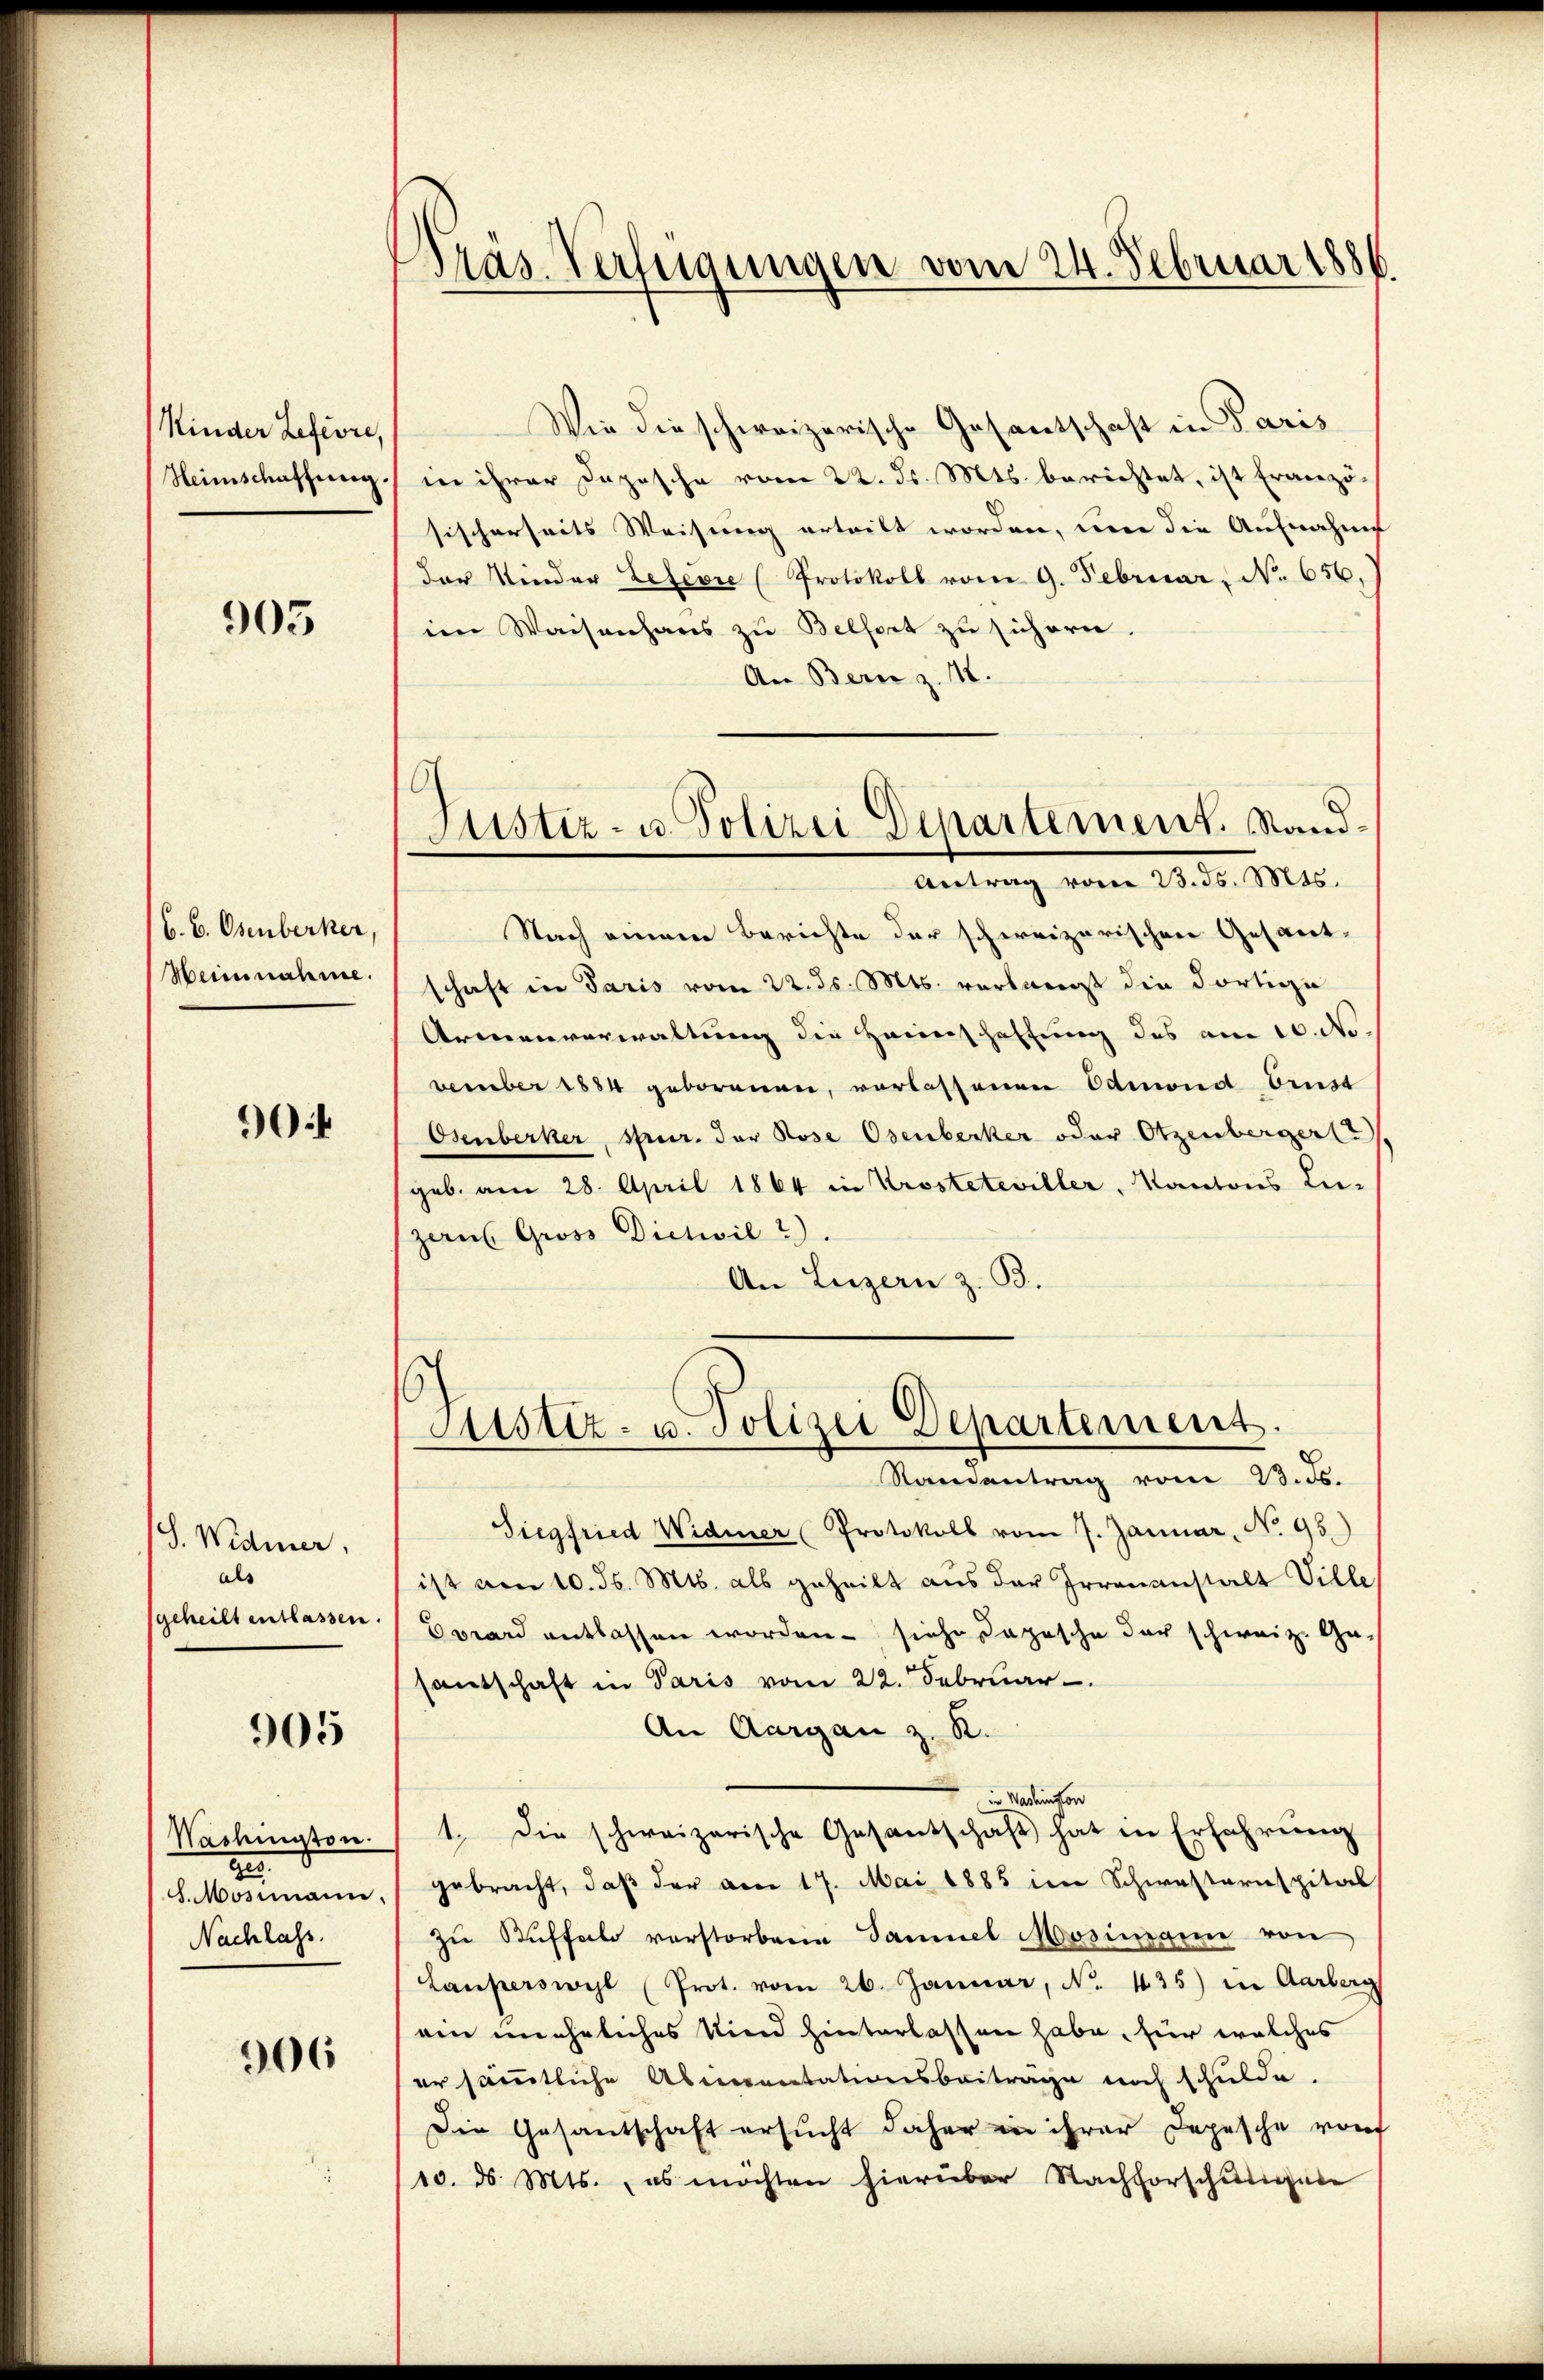
Kinder Lefevre,
Heimschaffung.

903

b. B. Osenberker
Meinnahme,

90

S. Widmer,
als
geheilt entlassen.

905

Nashington.
23.
S. Mosimann,
Nachlass.

906

Pras. Verfügungen vom 24. Februar 1886.

Wie die schweizerische Gesantschaft in Paris
in ihrer Dozische vom 22. d. Mts. berichtet, ist Französischerseits Weisung erteilt worden, um die Aufnahme
der Kinder Lefevre (Protokoll vom 9. Februar, No. 656.
im Waisenhaus zu Belfort zu sichern
An Bern z. 18.
Nach einem Berichte der schweizerischen Gesant-
schaft in Paris vom 22. ds. Mts. verlangt die dortige
Armenverwaltung die Heimschaffung des am 10. No.
veember 1884 geborenen, verlassenen Odmond Ernst
Osenberker, Sprur. der Rose Osenberker oder Otzenbergerl
geb. am 28. April 1864 in Krosteteviller, Kantons Lie-
zern. Gross Dietwil).
An Luzern z. B.
Justiz- u. Polizei Departement.
Standentrag vom 23. ds.
Siegfried Widmer Protokoll vom 7. Januar, No. 95.)
ist am 10. ds. Mts. als geheilt aus der Irrenanstalt Ville
vard entlassen worden siehe Depesche der schweiz. Ge-
santschaft in Paris vom 22. Februar.
An Aargau z. R.
in Wadenstor
1. Die schweizerische Gesantschaft hat in Erfahrung
gebracht, daβ der am 17. Mai 1885 im Schwastarnspital
zu Kuffele verstorbene Sammel Mosimann von
Lauperswyl (Prot. vom 26. Januar, No. 135) in Aarberg
ein unehrliches Kind hinterlassen habe, für welches
er sämmtliche Aberventationsbeitrage noch schulde,
Die Gesantschaft ersŭcht daher in ihrer Depesche von
110. ds. Mts. es möchten hierüber Nachforschungen

G
Justiz- u. Polizei Departement. Sand¬
Antrag vom 23. ds. Mts.